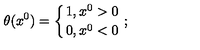
\theta ( x ^ { 0 } ) = \left\{ 1 , x ^ { 0 } > 0 \atop { 0 , x ^ { 0 } < 0 } \right. ;